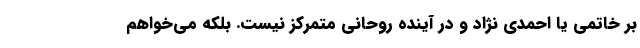
بر خاتمی یا احمدی نژاد و در آینده روحانی متمرکز نیست. بلکه می‌خواهم